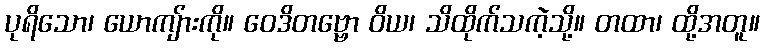
ပုရိသော၊ ယောကျ်ားကို။ ဝေဒိတဗ္ဗော ဝိယ၊ သိထိုက်သကဲ့သို့။ တထာ၊ ထို့အတူ။